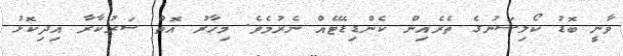
ވާނީ ބޮޑު ކޯލިޝަނުގެ ތެރެއިން ކެންޑިޑޭޓެއް ނެރުމެވެ. މިހާރު އޮތް ސަރުކާރާ އިދިކޮޅު